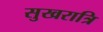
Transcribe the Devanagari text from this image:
सुखरात्रि